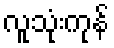
လူသုံးကုန်